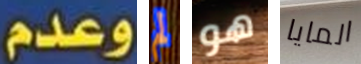
وعدم لم هو المايا